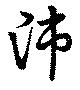
師